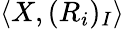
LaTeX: \langle X,(R_{i})_{I}\rangle